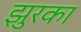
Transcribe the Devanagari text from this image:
झुरका